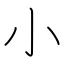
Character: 小